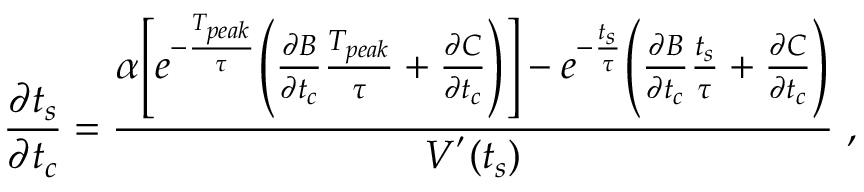
\frac { \partial t _ { s } } { \partial t _ { c } } = \frac { \alpha \Bigg [ e ^ { - \frac { T _ { p e a k } } { \tau } } \Bigg ( \frac { \partial B } { \partial t _ { c } } \frac { T _ { p e a k } } { \tau } + \frac { \partial C } { \partial t _ { c } } \Bigg ) \Bigg ] - e ^ { - \frac { t _ { s } } { \tau } } \Bigg ( \frac { \partial B } { \partial t _ { c } } \frac { t _ { s } } { \tau } + \frac { \partial C } { \partial t _ { c } } \Bigg ) } { V ^ { ' } ( t _ { s } ) } ~ ,